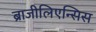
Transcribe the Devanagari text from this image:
ब्राजीलिएन्सिस